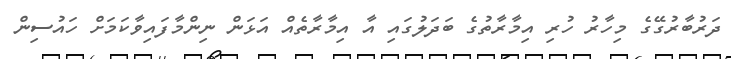
ދަރުބާރުގޭގެ މިހާރު ހުރި އިމާރާތުގެ ބަދަލުގައި އާ އިމާރާތެއް އަޅަން ނިންމާފައިވާކަމަށް ހައުސިން